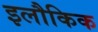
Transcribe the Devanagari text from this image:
इलौकिक